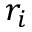
r _ { i }